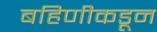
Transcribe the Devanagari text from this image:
बहिणीकडून